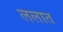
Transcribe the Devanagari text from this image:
ललात